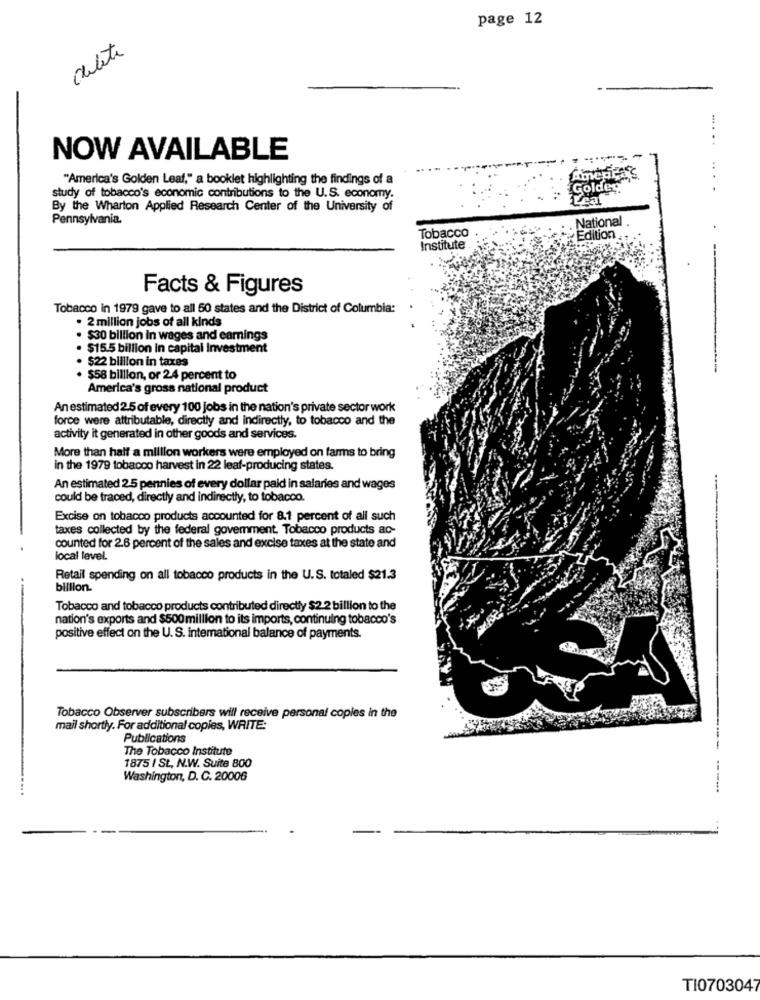
page 12
delete
... .
NOW AVAILABLE
Ameprac
"America's Golden Leaf," a booklet highlighting the findings of a
Golden
study of tobacco's economic contributions to the U.S. economy.
Leale
By the Wharton Applied Research Center of the University of
Pennsylvania.
National
Tobacco
Edition ..
Institute
Facts & Figures
Tobacco in 1979 gave to all 50 states and the District of Columbia:
. 2 million jobs of all kinds
$30 billion in wages and earnings
· $15.5 billion in capital Investment
$22 billion in taxes
$58 billion, or 24 percent to
America's gross national product
An estimated 2.5 of every 100 jobs in the nation's private sector work
force were attributable, directly and indirectly, to tobacco and the
activity it generated in other goods and services.
More than half a million workers were employed on farms to bring
in the 1979 tobacco harvest in 22 leaf-producing states.
An estimated 2.5 pennies of every dollar paid in salaries and wages
could be traced, directly and indirectly, to tobacco.
Excise on tobacco products accounted for 8.1 percent of all such
taxes collected by the federal government. Tobacco products ac-
counted for 2.6 percent of the sales and excise taxes at the state and
local level.
Retail spending on all tobacco products in the U.S. totaled $21.3
billion.
Tobacco and tobacco products contributed directly $2.2 billion to the
nation's exports and $500 million to its imports, continuing tobacco's
positive effect on the U. S. international balance of payments.
Tobacco Observer subscribers will receive personal copies in the
mail shortly. For additional copies, WRITE:
Publications
The Tobacco Institute
1875 1 St, N.W. Suite 800
Washington, D. C. 20006
------
TI0703047